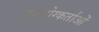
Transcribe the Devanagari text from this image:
उपयोग्कर्ताओं